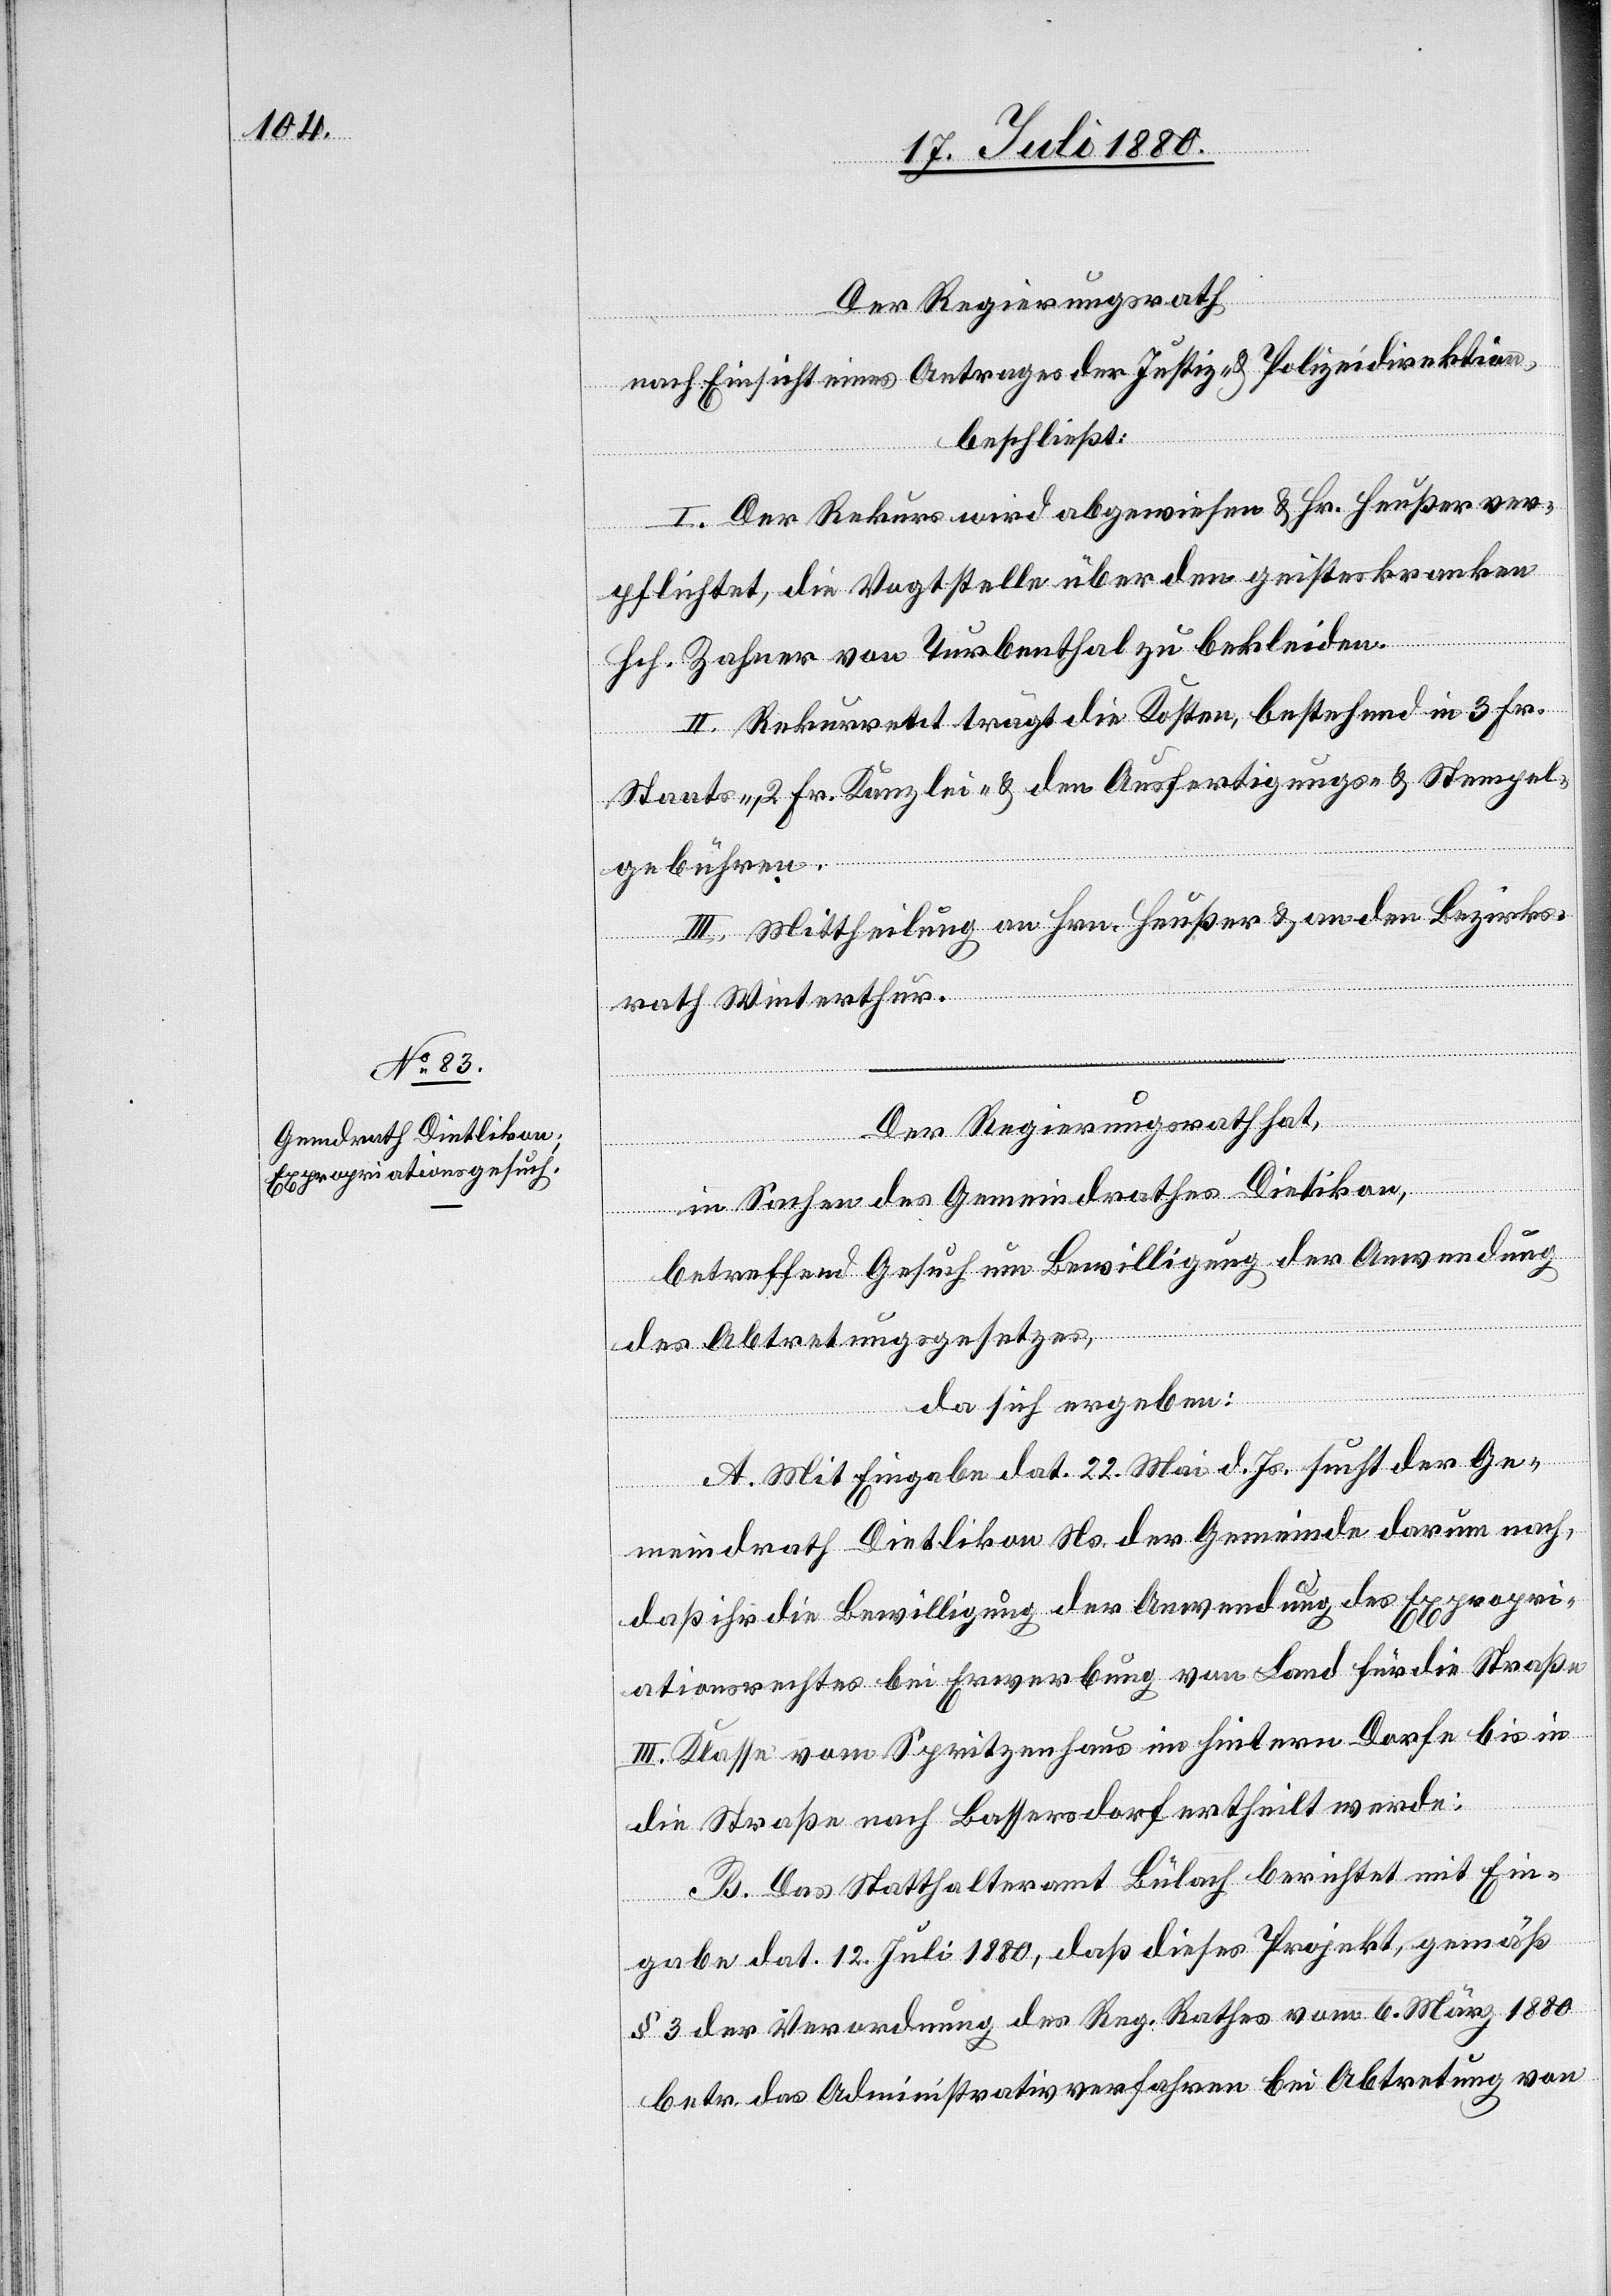
Der Regierungsrath,
nach Einsicht eines Antrages der Justiz- & Polizeidirektion
beschließt:
I. Der Rekurs wird abgewiesen & Hr. Heußer ver¬
pflichtet, die Vogtstelle über den geisteskranken
Hch. Zahner von Turbenthal zu bekleiden.
II. Rekurrent trägt die Kosten, bestehend in 3 Fr.
Staats-, 2 Fr. Kanzlei- & den Ausfertigungs- & Stempel¬
gebühren.
III. Mittheilung an Hrn. Heußer & an den Bezirks¬
rath Winterthur.
Der Regierungsrath hat,
in Sachen des Gemeindrathes Dietikon
betreffend Gesuch um Bewilligung der Anwendung
des Abtretungsgesetzes,
da sich ergeben:
A. Mit Eingabe dat. 22. Mai d. Js. sucht der Ge¬
meindrath Dietlikon Ns. der Gemeinde darum nach,
daß ihr die Bewilligung der Anwendung des Expropri¬
ationsrechtes bei Erwerbung von Land für die Straße
III. Klasse vom Spritzenhaus im hintern Dorfe bis in
die Straße nach Bassersdorf ertheilt werde.
B. Das Statthalteramt Bülach berichtet mit Ein¬
gabe dat. 12. Juli 1880, daß dieses Projekt, gemäß
§ 3 der Verordnung des Reg. Rathes vom 6. März 1880
betr. das Administrativverfahren bei Abtretung von